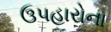
ઉપહારોના